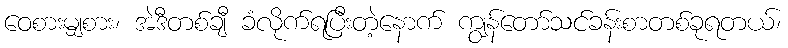
ဝေစားမျှစား၊ အဲဒီတစ်ချီ ခံလိုက်ရပြီးတဲ့နောက် ကျွန်တော်သင်ခန်းစာတစ်ခုရတယ်၊